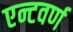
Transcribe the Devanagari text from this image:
एन्टवर्ण